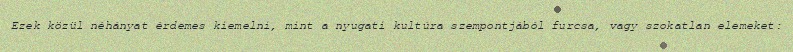
Ezek közül néhányat érdemes kiemelni, mint a nyugati kultúra szempontjából furcsa, vagy szokatlan elemeket: